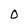
Character: O